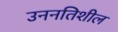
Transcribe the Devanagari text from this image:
उननतिशील